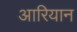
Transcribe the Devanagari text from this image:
आरियान